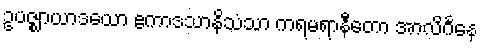
ဥပဇ္ဈာယာဒယော ဧကာဒသာနိသံသာ ကရမရာနီတော အာလိင်္ဂနေ